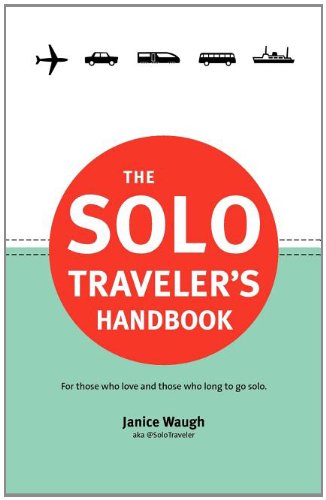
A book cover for The Solo Traveler's Handbook; Janice Leith Waugh; Travel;